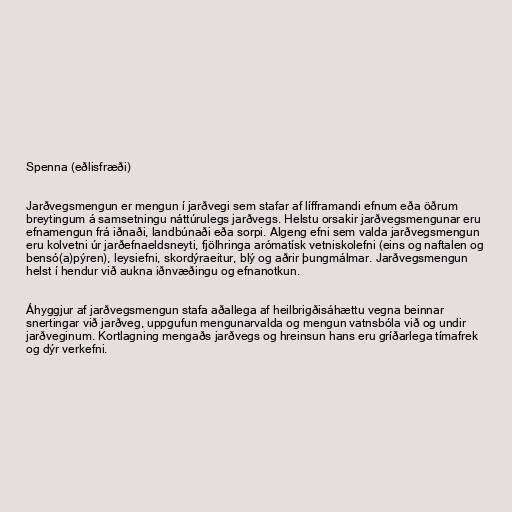
Spenna (eðlisfræði)

Jarðvegsmengun er mengun í jarðvegi sem stafar af lífframandi efnum eða öðrum
breytingum á samsetningu náttúrulegs jarðvegs. Helstu orsakir jarðvegsmengunar eru
efnamengun frá iðnaði, landbúnaði eða sorpi. Algeng efni sem valda jarðvegsmengun
eru kolvetni úr jarðefnaeldsneyti, fjölhringa arómatísk vetniskolefni (eins og naftalen og
bensó(a)pýren), leysiefni, skordýraeitur, blý og aðrir þungmálmar. Jarðvegsmengun
helst í hendur við aukna iðnvæðingu og efnanotkun.

Áhyggjur af jarðvegsmengun stafa aðallega af heilbrigðisáhættu vegna beinnar
snertingar við jarðveg, uppgufun mengunarvalda og mengun vatnsbóla við og undir
jarðveginum. Kortlagning mengaðs jarðvegs og hreinsun hans eru gríðarlega tímafrek
og dýr verkefni.